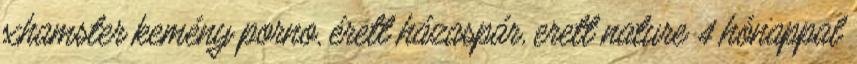
xhamster kemény porno, érett házaspár, erett nature 4 hónappal